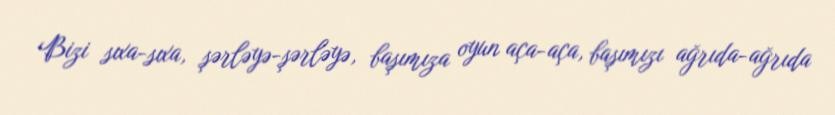
Bizi sıxa-sıxa, şərləyə-şərləyə, başımıza oyun aça-aça, başımızı ağrıda-ağrıda